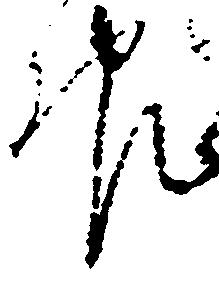
報